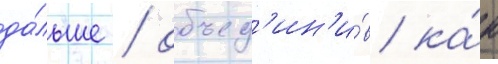
да́льше / объед'ин'и́в ка́к